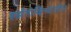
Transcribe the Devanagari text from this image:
हर्झगोव्हिन्यातील